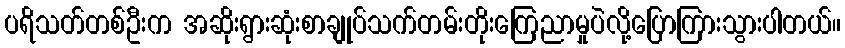
ပရိသတ်တစ်ဦးက အဆိုးရွားဆုံးစာချုပ်သက်တမ်းတိုးကြေညာမှုပဲလို့ပြောကြားသွားပါတယ်။